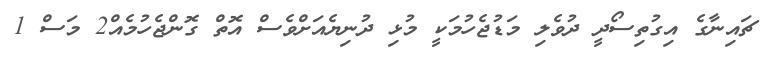
ޗައިނާގެ އިގުތިސޯދީ ދުވެލި މަޑުޖެހުމަކީ މުޅި ދުނިޔެއަށްވެސް އޮތް ގޮންޖެހުމެއް2 މަސް 1